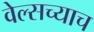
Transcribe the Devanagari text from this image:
वेल्सच्याच